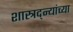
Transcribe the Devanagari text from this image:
शास्त्रद्न्यांच्या